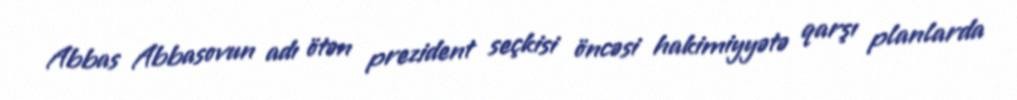
Abbas Abbasovun adı ötən prezident seçkisi öncəsi hakimiyyətə qarşı planlarda